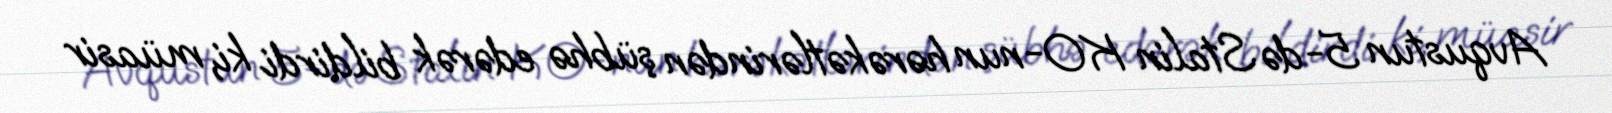
Avqustun 5-də Stalin KO-nun hərəkətlərindən şübhə edərək bildirdi ki, müasir